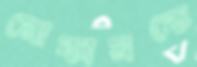
মোকামকে